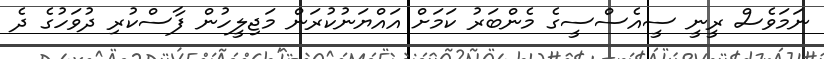
ނަމަވެސް ރީނީ ސީއެސްސީގެ މެންބަރު ކަމަށް އައްޔަނުކުރަން މަޖިލީހުން ފާސްކުރި ދުވަހުގެ ދެ